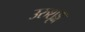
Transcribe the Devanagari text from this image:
उरुशृङ्ग